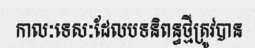
កាលៈទេសៈដែលបទនិពន្ធថ្មីត្រូវបាន